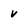
Character: v